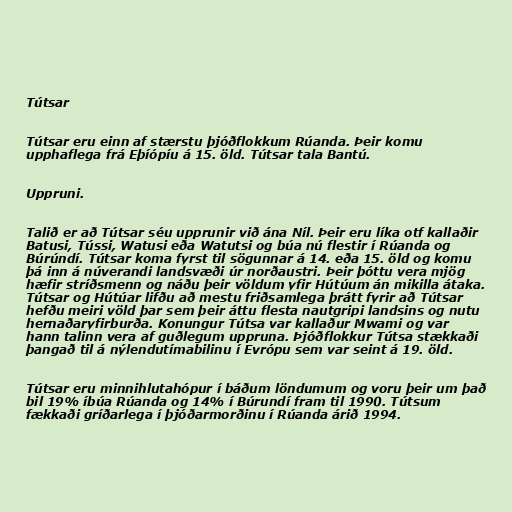
Tútsar

Tútsar eru einn af stærstu þjóðflokkum Rúanda. Þeir komu
upphaflega frá Eþíópíu á 15. öld. Tútsar tala Bantú.

Uppruni.

Talið er að Tútsar séu upprunir við ána Níl. Þeir eru líka otf kallaðir
Batusi, Tússi, Watusi eða Watutsi og búa nú flestir í Rúanda og
Búrúndí. Tútsar koma fyrst til sögunnar á 14. eða 15. öld og komu
þá inn á núverandi landsvæði úr norðaustri. Þeir þóttu vera mjög
hæfir stríðsmenn og náðu þeir völdum yfir Hútúum án mikilla átaka.
Tútsar og Hútúar lifðu að mestu friðsamlega þrátt fyrir að Tútsar
hefðu meiri völd þar sem þeir áttu flesta nautgripi landsins og nutu
hernaðaryfirburða. Konungur Tútsa var kallaður Mwami og var
hann talinn vera af guðlegum uppruna. Þjóðflokkur Tútsa stækkaði
þangað til á nýlendutímabilinu í Evrópu sem var seint á 19. öld.

Tútsar eru minnihlutahópur í báðum löndumum og voru þeir um það
bil 19% íbúa Rúanda og 14% í Búrundí fram til 1990. Tútsum
fækkaði gríðarlega í þjóðarmorðinu í Rúanda árið 1994.